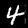
Digit: 4